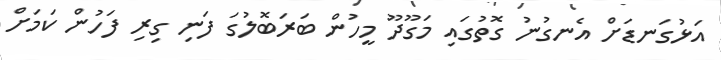
އަޅުގަނޑަށް އެނގުނު ގޮތުގައި މަގޫދޫ މީހުން ބަރަބޮލުގަ ފަނި ގިރި ފަހުން ކަމަށް